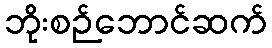
ဘိုးစဉ်ဘောင်ဆက်